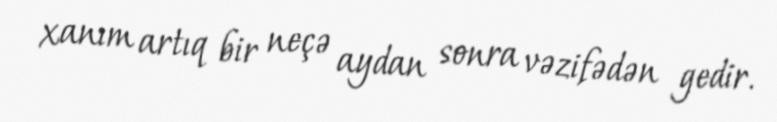
xanım artıq bir neçə aydan sonra vəzifədən gedir.